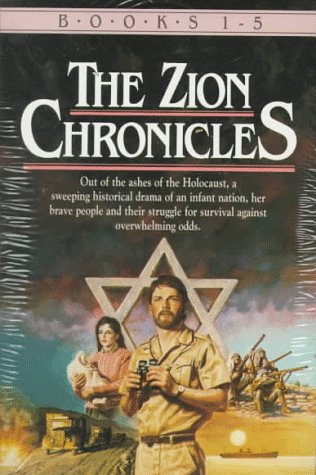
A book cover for The Zion Chronicles: Books 1-5; Bodie Thoene; Religion & Spirituality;